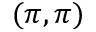
( \pi , \pi )